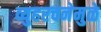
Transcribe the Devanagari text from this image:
व्युहरचनेमुळे